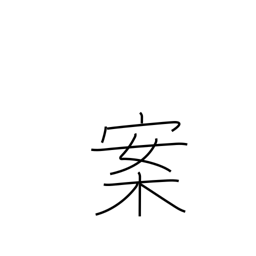
Meaning: proposition